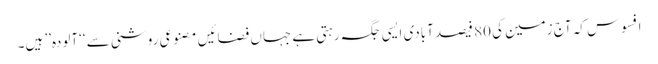
افسوس کہ آج زمین کی 80 فیصد آبادی ایسی جگہ رہتی ہے جہاں فضائیں مصنوعی روشنی سے ‘‘آلودہ’’ ہیں۔